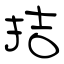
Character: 拮